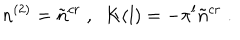
n ^ { ( 2 ) } = \tilde { n } ^ { c r } \; , \; \; K ( l ) = - \pi ^ { l } \tilde { n } ^ { c r } \; .